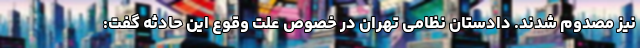
نیز مصدوم شدند. دادستان نظامی تهران در خصوص علت وقوع این حادثه گفت: